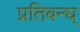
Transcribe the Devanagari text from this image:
प्रतिबन्ध्